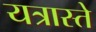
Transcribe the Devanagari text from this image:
यत्रास्ते